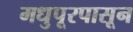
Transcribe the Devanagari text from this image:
मधुपूरपासून